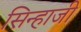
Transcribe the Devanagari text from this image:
सिन्हाजी